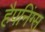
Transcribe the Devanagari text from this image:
हैपनिंग्स